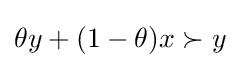
\theta y+(1-\theta )x\succ y